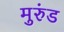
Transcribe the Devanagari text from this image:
मुरुंड